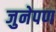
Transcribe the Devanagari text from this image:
जुनेपण